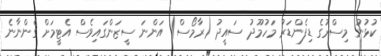
ކުޅުނު މިސްރުގެ ޑިފެންޑަރު މަހުމޫދު ސައީދު (ރާމޯސް) އަންނަ ސީޒަންގައިވެސް އެޓީމަށް ގެންނާނެ